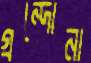
গ্রন্দোনা